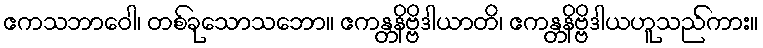
ဧကသဘာဝေါ၊ တစ်ခုသောသဘော။ ဧကန္တနိဗ္ဗိဒါယာတိ၊ ဧကန္တနိဗ္ဗိဒါယဟူသည်ကား။